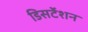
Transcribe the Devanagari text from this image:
डिसर्टेशन